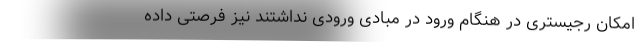
امکان رجیستری در هنگام ورود در مبادی ورودی نداشتند نیز فرصتی داده